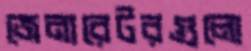
জেনারেটরগুলো